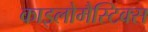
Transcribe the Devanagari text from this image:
काइलोमैस्टिक्स